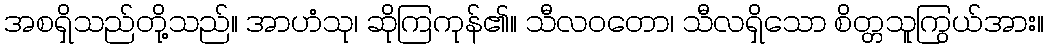
အစရှိသည်တို့သည်။ အာဟံသု၊ ဆိုကြကုန်၏။ သီလဝတော၊ သီလရှိသော စိတ္တသူကြွယ်အား။